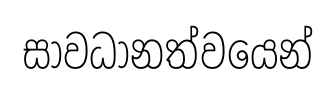
සාවධානත්වයෙන්